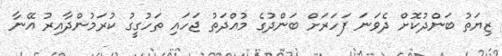
ޒިޔަތު ބަންދުކޮށް ދެވަނަ ފަހަރަށް ބަންދުގެ މުއްދަތު ޖަހައި ތަހުގީގު ކުރަމުންދާއިރު އޭނާ